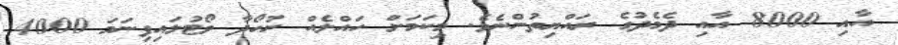
އާއި 8000 އާއި ދެމެދުގެ ރައްޔިތުންނެވެ. މިކަމަށް ހައްލެއް ނުހޯދާ ވޯޓުލައިފިނަމަ 4000